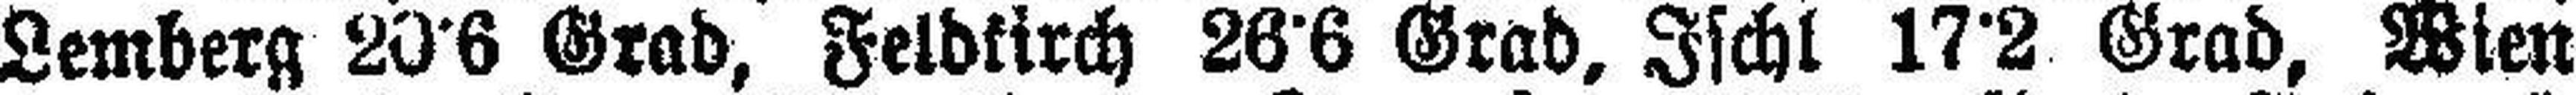
Lemberg 20°6 Grad, Feldkirch 26°6 Grad, Ischl 17°2 Grad, Wien